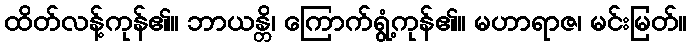
ထိတ်လန့်ကုန်၏။ ဘာယန္တိ၊ ကြောက်ရွံ့ကုန်၏။ မဟာရာဇ၊ မင်းမြတ်။